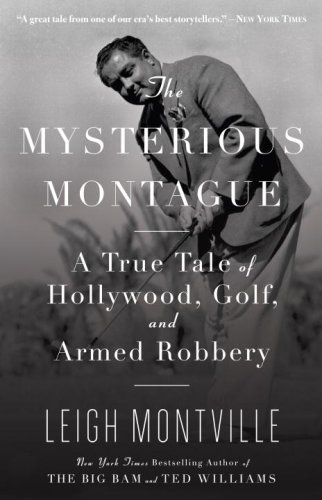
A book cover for The Mysterious Montague: A True Tale of Hollywood, Golf, and Armed Robbery; Leigh Montville; Biographies & Memoirs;